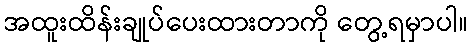
အထူးထိန်းချုပ်ပေးထားတာကို တွေ့ရမှာပါ။